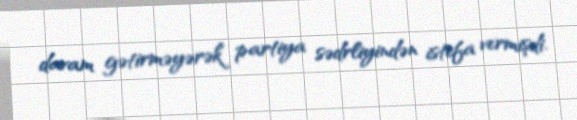
davam gətirməyərək partiya sədrliyindən istefa vermişdi.